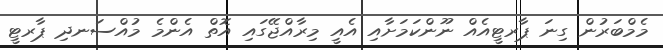
މެމްބަރުން ގިނަ ޕާރޓީއެއް ނޫންކަމަށާއި އެއީ މިރާއްޖޭގައި އޮތް އެންމެ މުއްސަނދި ޕާރޓީ